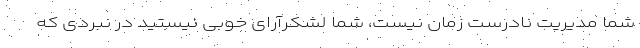
شما مدیریت نادرست زمان نیست، شما لشکرآرای خوبی نیستید در نبردی که